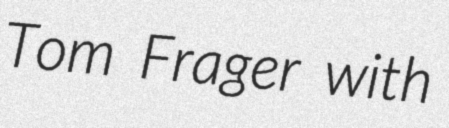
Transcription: Tom Frager with